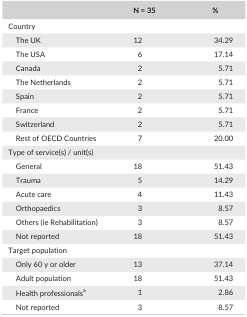
<table><thead><tr><td></td><td><b>N = 35</b></td><td><b>%</b></td></tr></thead><tbody><tr><td colspan="3">Country</td></tr><tr><td>The UK</td><td>12</td><td>34.29</td></tr><tr><td>The USA</td><td>6</td><td>17.14</td></tr><tr><td>Canada</td><td>2</td><td>5.71</td></tr><tr><td>The Netherlands</td><td>2</td><td>5.71</td></tr><tr><td>Spain</td><td>2</td><td>5.71</td></tr><tr><td>France</td><td>2</td><td>5.71</td></tr><tr><td>Switzerland</td><td>2</td><td>5.71</td></tr><tr><td>Rest of OECD Countries</td><td>7</td><td>20.00</td></tr><tr><td colspan="3">Type of service(s) / unit(s)</td></tr><tr><td>General</td><td>18</td><td>51.43</td></tr><tr><td>Trauma</td><td>5</td><td>14.29</td></tr><tr><td>Acute care</td><td>4</td><td>11.43</td></tr><tr><td>Orthopaedics</td><td>3</td><td>8.57</td></tr><tr><td>Others (ie Rehabilitation)</td><td>3</td><td>8.57</td></tr><tr><td>Not reported</td><td>18</td><td>51.43</td></tr><tr><td colspan="3">Target population</td></tr><tr><td>Only 60 y or older</td><td>13</td><td>37.14</td></tr><tr><td>Adult population</td><td>18</td><td>51.43</td></tr><tr><td>Health professionalsa</td><td>1</td><td>2.86</td></tr><tr><td>Not reported</td><td>3</td><td>8.57</td></tr></tbody></table>